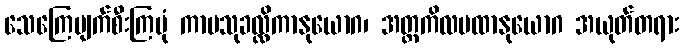
သေကြေပျက်စီးကြပုံ ကာမသုခလ္လိကာနုယောဂ၊ အတ္တကိလမထာနုယောဂ အယုတ်တရား